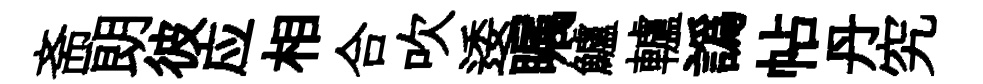
斋朗彼应相合吹逶瞩鱸轤譌帖丹究